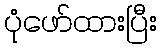
ပုံဖော်ထားပြီး